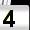
Digit: 4